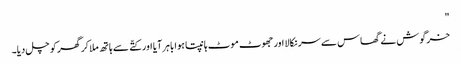
"
خرگوش نے گھاس سے سر نکالا اور جھوٹ موٹ ہانپتا ہوا باہر آیا اور کتّے سے ہاتھ ملا کر گھر کو چل دیا۔